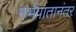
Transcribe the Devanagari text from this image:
गर्भपातानंतर